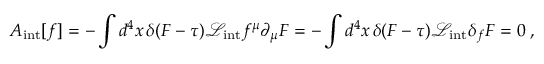
A _ { \mathrm { i n t } } [ f ] = - \int d ^ { 4 } x \, \delta ( F - \tau ) \mathcal { L } _ { \mathrm { i n t } } f ^ { \mu } \partial _ { \mu } F = - \int d ^ { 4 } x \, \delta ( F - \tau ) \mathcal { L } _ { \mathrm { i n t } } \delta _ { f } F = 0 \; ,